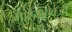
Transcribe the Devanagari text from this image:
भारताऐवजी